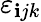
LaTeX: \varepsilon_{\mathbf{i}jk}